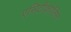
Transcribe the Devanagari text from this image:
एसिटीकोलिन